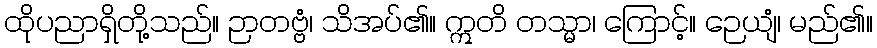
ထိုပညာရှိတို့သည်။ ဉာတဗ္ဗံ၊ သိအပ်၏။ ဣတိ တသ္မာ၊ ကြောင့်။ ဉေယျံ၊ မည်၏။